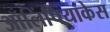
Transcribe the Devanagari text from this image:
ऑलिंपियाकेस